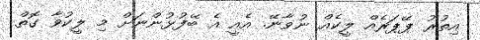
އިތުރު ޕޭޕަރެއް ލީކެއް ނުވާނޭ. އެއީ އެ ބޭފުޅުންނަށް މި ލީކުވާ ގޮތް